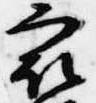
最